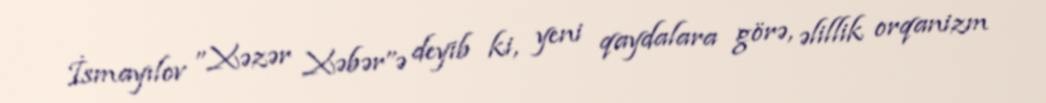
İsmayılov ''Xəzər Xəbər''ə deyib ki, yeni qaydalara görə, əlillik orqanizm